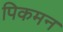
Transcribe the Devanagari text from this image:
पिकमन